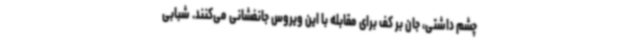
چشم داشتی، جان بر کف برای مقابله با این ویروس جانفشانی می‌کنند. شبابی